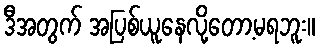
ဒီအတွက် အပြစ်ယူနေလို့တော့မရဘူး။